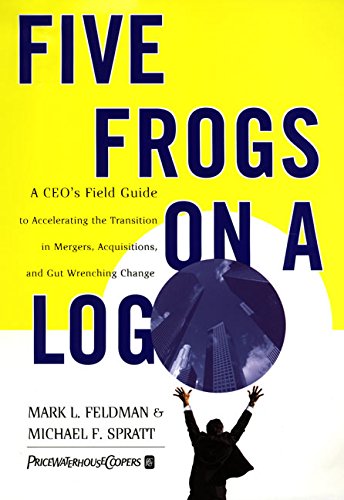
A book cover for Five Frogs on a Log: A CEO's Field Guide to Accelerating the Transition in Mergers,  Acquisitions And Gut Wrenching Change; Mark L. Feldman; Business & Money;